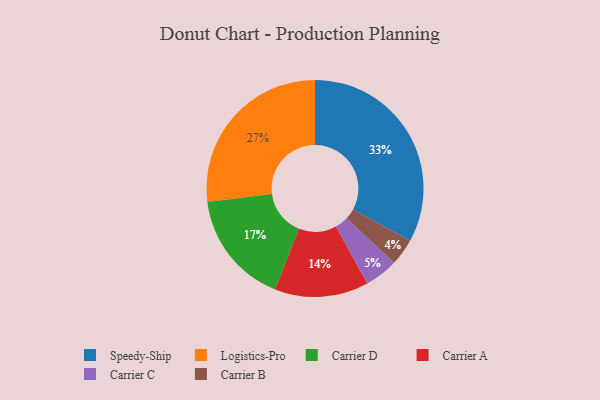
{"axis": {"x": "Category", "y": "Percentage"}, "legend": ["Carrier A", "Carrier B", "Carrier C", "Carrier D", "Logistics-Pro", "Speedy-Ship"], "data": [{"x": "Logistics-Pro", "y": 27, "type": "Logistics-Pro"}, {"x": "Speedy-Ship", "y": 33, "type": "Speedy-Ship"}, {"x": "Carrier D", "y": 17, "type": "Carrier D"}, {"x": "Carrier C", "y": 5, "type": "Carrier C"}, {"x": "Carrier B", "y": 4, "type": "Carrier B"}, {"x": "Carrier A", "y": 14, "type": "Carrier A"}]}